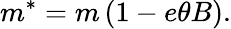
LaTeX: m^{*}=m\left(1-e\theta B\right).